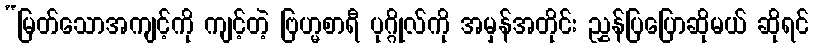
“မြတ်သောအကျင့်ကို ကျင့်တဲ့ ဗြဟ္မစာရီ ပုဂ္ဂိုလ်ကို အမှန်အတိုင်း ညွှန်ပြပြောဆိုမယ် ဆိုရင်